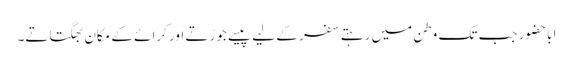
اباحضور جب تک وطن میں رہتے سفر کے لیے پیسے جوڑتے اور کرائے کے مکان بھگتاتے۔